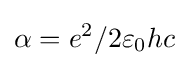
\alpha =e^{2}/2\varepsilon _{0}hc